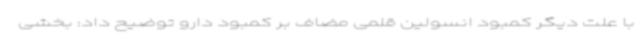
با علت دیگر کمبود انسولین قلمی مضاف بر کمبود دارو توضیح داد: بخشی